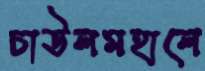
চাউলমহালে